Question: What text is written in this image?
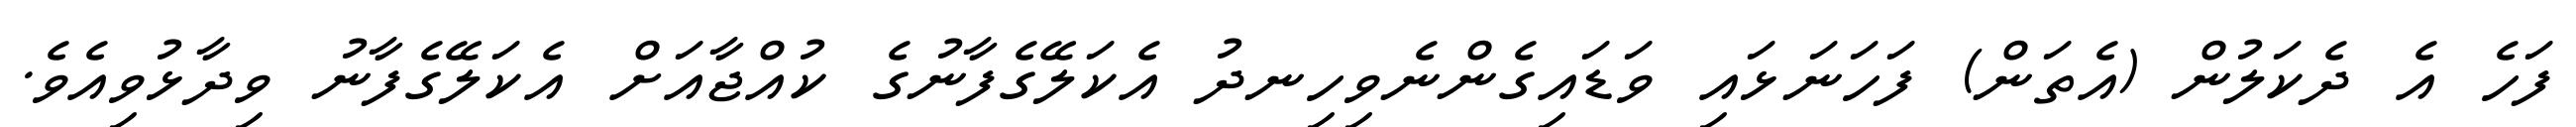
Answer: ފަހެ އެ ދެކަލުން (އެތަން) ފަހަނަޅައި ވަޑައިގެންނެވިހިނދު އެކަލޭގެފާނުގެ ކުއްޖާއަށް އެކަލޭގެފާނު ވިދާޅުވިއެވެ.